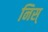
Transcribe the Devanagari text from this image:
निस्